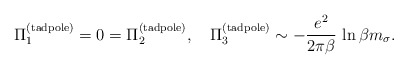
\begin{align*}\Pi_1^{({\rm tadpole})} = 0 = \Pi_2^{({\rm tadpole})},\quad\Pi_3^{({\rm tad pole})} \sim - \frac{e^2}{2 \pi \beta} \,\ln\beta m_{\sigma}. \end{align*}